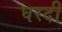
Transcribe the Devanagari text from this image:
घरदी